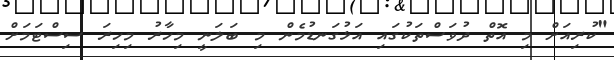
"ކުރިއަށް މި އޮތް ދުވަސްތަކުގައި އަޅުގަނޑުމެން މި ބަލަނީ މިހާރު މިހިރަ ސިސްޓަމަށް